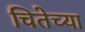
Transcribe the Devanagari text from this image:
चितेच्या